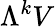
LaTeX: \Lambda^{k}V